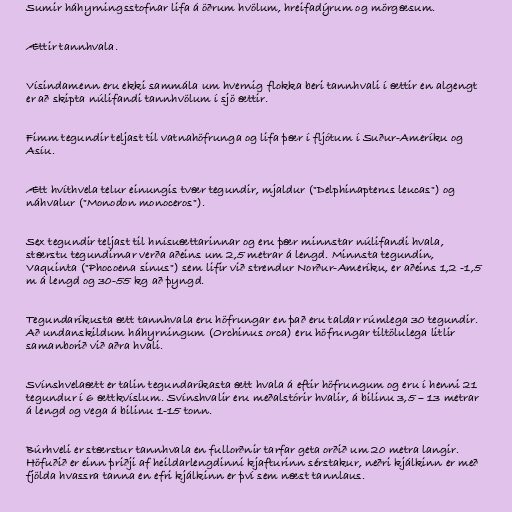
Sumir háhyrningsstofnar lifa á öðrum hvölum, hreifadýrum og mörgæsum.

Ættir tannhvala.

Vísindamenn eru ekki sammála um hvernig flokka beri tannhvali í ættir en algengt
er að skipta núlifandi tannhvölum í sjö ættir.

Fimm tegundir teljast til vatnahöfrunga og lifa þær í fljótum í Suður-Ameríku og
Asíu.

Ætt hvíthvela telur einungis tvær tegundir, mjaldur ("Delphinapterus leucas") og
náhvalur ("Monodon monoceros").

Sex tegundir teljast til hnísuættarinnar og eru þær minnstar núlifandi hvala,
stærstu tegundirnar verða aðeins um 2,5 metrar á lengd. Minnsta tegundin,
Vaquinta ("Phocoena sinus") sem lifir við strendur Norður-Ameríku, er aðeins 1,2 -1,5
m á lengd og 30-55 kg að þyngd.

Tegundaríkusta ætt tannhvala eru höfrungar en það eru taldar rúmlega 30 tegundir.
Að undanskildum háhyrningum (Orchinus orca) eru höfrungar tiltölulega litlir
samanborið við aðra hvali.

Svínshvelaætt er talin tegundaríkasta ætt hvala á eftir höfrungum og eru í henni 21
tegundur í 6 ættkvíslum. Svínshvalir eru meðalstórir hvalir, á bilinu 3,5 – 13 metrar
á lengd og vega á bilinu 1-15 tonn.

Búrhveli er stærstur tannhvala en fullorðnir tarfar geta orðið um 20 metra langir.
Höfuðið er einn þriðji af heildarlengdinni kjafturinn sérstakur, neðri kjálkinn er með
fjölda hvassra tanna en efri kjálkinn er því sem næst tannlaus.